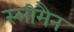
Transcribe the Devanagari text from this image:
स्‍लीमैन